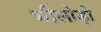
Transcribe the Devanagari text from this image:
भीलोड़ो